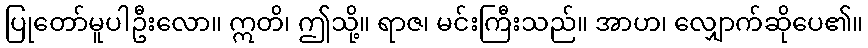
ပြုတော်မူပါဦးလော။ ဣတိ၊ ဤသို့။ ရာဇ၊ မင်းကြီးသည်။ အာဟ၊ လျှောက်ဆိုပေ၏။